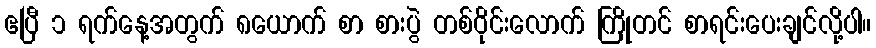
ဧပြီ ၁ ရက်နေ့အတွက် ၈ယောက် စာ စားပွဲ တစ်ဝိုင်းလောက် ကြိုတင် စာရင်းပေးချင်လို့ပါ။